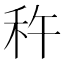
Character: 𫀩